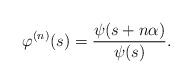
LaTeX: \begin{align*}\varphi^{(n)}(s) = \frac{\psi(s + n\alpha)}{\psi(s)}.\end{align*}